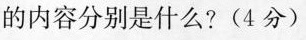
的内容分别是什么? (4分)